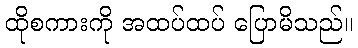
ထိုစကားကို အထပ်ထပ် ပြောမိသည်။